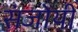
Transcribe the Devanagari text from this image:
संजोयी